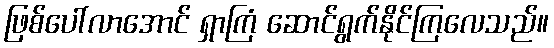
ဖြစ်ပေါ်လာအောင် ရှာကြံ ဆောင်ရွက်နိုင်ကြလေသည်။